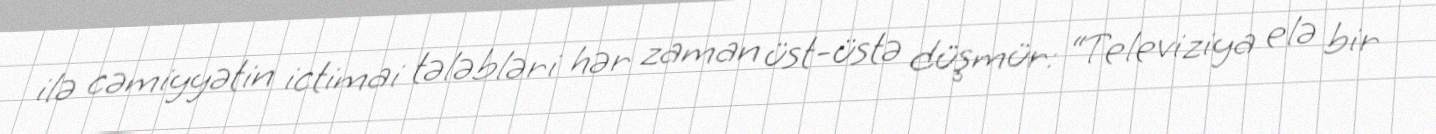
ilə cəmiyyətin ictimai tələbləri hər zaman üst-üstə düşmür: “Televiziya elə bir